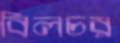
বিলচর